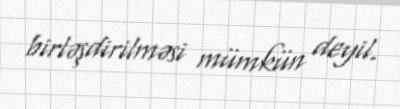
birləşdirilməsi mümkün deyil.